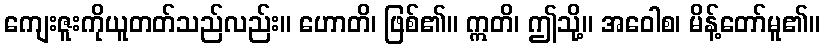
ကျေးဇူးကိုယူတတ်သည်လည်း။ ဟောတိ၊ ဖြစ်၏။ ဣတိ၊ ဤသို့။ အဝေါစ၊ မိန့်တော်မူ၏။